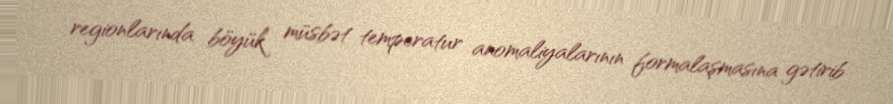
regionlarında böyük müsbət temperatur anomaliyalarının formalaşmasına gətirib